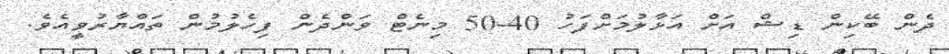
ދެން ބޭކިން ޑިޝް އަށް އަޅާލުމަށްފަހު 40-50 މިނެޓް ވަންދެން ފިހެލުމުން ތައްޔާރުވީއެވެ.